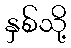
နှစ်သို့